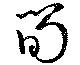
筍